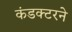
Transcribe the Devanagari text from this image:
कंडक्टरने